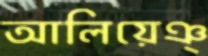
আলিয়েঞ্